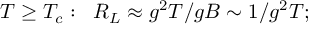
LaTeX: T \geq T _ { c } : \; \; R _ { L } \approx g ^ { 2 } T / g B \sim 1 / g ^ { 2 } T ;